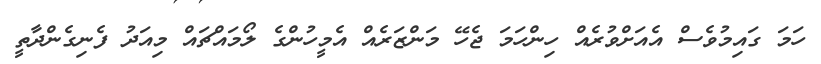
ހަމަ ގައިމުވެސް އެއަށްވުރެއް ހިންހަމަ ޖެހޭ މަންޒަރެއް އެމީހުންގެ ލޯމައްޗައް މިއަދު ފެނިގެންދާތީ